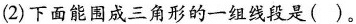
(2)下面能围成三角形的一组线段是( )。